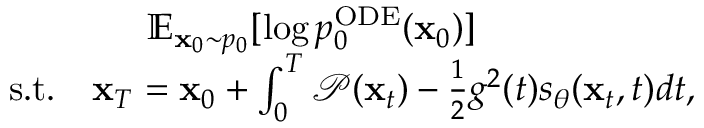
\begin{array} { r } { \mathbb { E } _ { \mathbf { x } _ { 0 } \sim p _ { 0 } } [ \log p _ { 0 } ^ { \mathrm { O D E } } ( \mathbf { x } _ { 0 } ) ] \qquad \qquad \qquad } \\ { \mathrm { s . t . } \quad \mathbf { x } _ { T } = \mathbf { x } _ { 0 } + \int _ { 0 } ^ { T } \mathcal { P } ( \mathbf { x } _ { t } ) - \frac { 1 } { 2 } g ^ { 2 } ( t ) s _ { \theta } ( \mathbf { x } _ { t } , t ) d t , } \end{array}